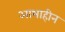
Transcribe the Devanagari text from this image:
आभाहीन